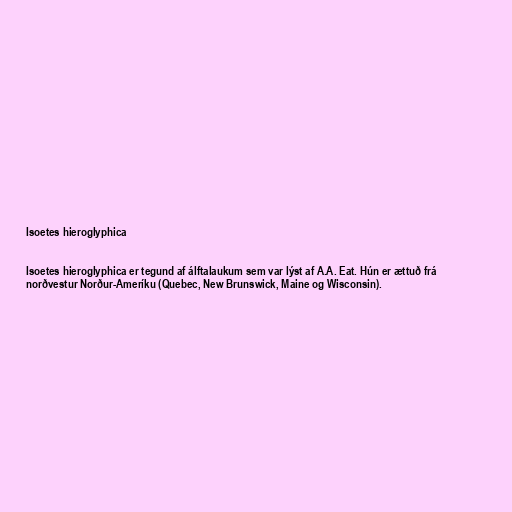
Isoetes hieroglyphica

Isoetes hieroglyphica er tegund af álftalaukum sem var lýst af A.A. Eat. Hún er ættuð frá
norðvestur Norður-Ameríku (Quebec, New Brunswick, Maine og Wisconsin).